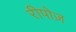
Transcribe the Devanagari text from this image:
रीपोज़